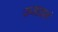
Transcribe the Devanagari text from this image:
उजाडलं